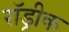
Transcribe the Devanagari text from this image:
रॉड्रीक